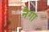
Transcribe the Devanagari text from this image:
नेगा